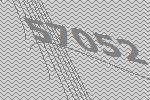
57052